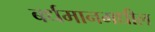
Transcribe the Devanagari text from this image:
बर्धमानमधील